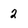
Character: 2